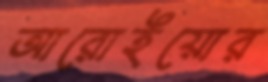
আরোইয়োর